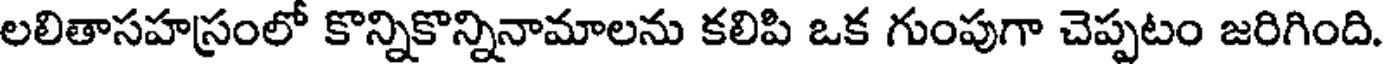
లలితాసహస్రంలో కొన్నికొన్నినామాలను కలిపి ఒక గుంపుగా చెప్పటం జరిగింది.